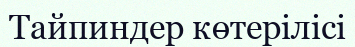
Тайпиндер көтерілісі